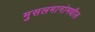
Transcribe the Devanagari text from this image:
मुसलमानांमधील